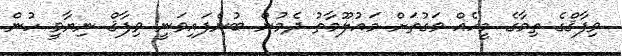
ވިފާޤްގެ ތިމާގެ މީހެއް ވަގުތަށް މައުލޫމާތު ދެމުން ބުނެފައިވަނީ ވިފާޤް ނިޔާވީ ހުން